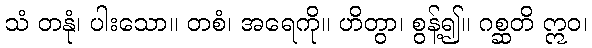
သံ တနုံ၊ ပါးသော။ တစံ၊ အရေကို။ ဟိတွာ၊ စွန့်၍။ ဂစ္ဆတိ ဣဝ၊